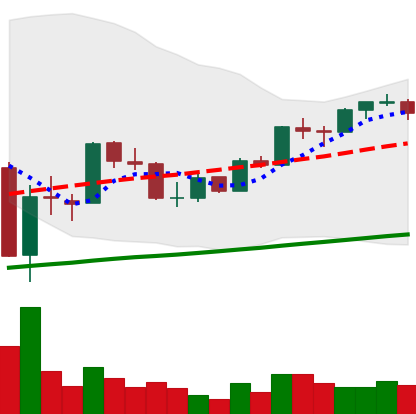
Ticker: BTC-USD
Chart end date: 2017-10-03
Forward return: 6.786%
Label: up_5_7